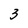
Character: 3